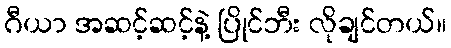
ဂီယာ အဆင့်ဆင့်နဲ့ ပြိုင်ဘီး လိုချင်တယ်။